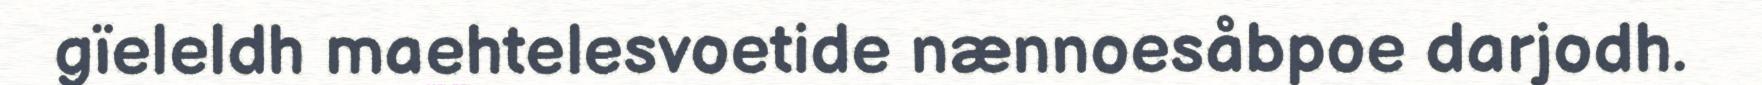
gïeleldh maehtelesvoetide nænnoesåbpoe darjodh.